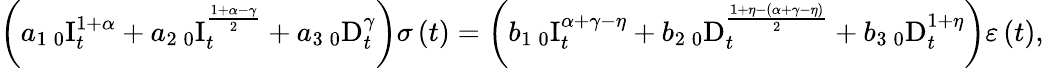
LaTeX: \left(a_{1}\, _{0}\mathrm{I}_{t}^{1+\alpha}+a_{2}\, _{0}\mathrm{I}_{t}^{\frac{1+\alpha-\gamma}{2}}+a_{3}\, _{0}\mathrm{D}_{t}^{\gamma}\right)\sigma\left(t\right)=\left(b_{1}\, _{0}\mathrm{I}_{t}^{\alpha+\gamma-\eta}+b_{2}\, _{0}\mathrm{D}_{t}^{\frac{1+\eta-\left(\alpha+\gamma-\eta\right)}{2}}+b_{3}\, _{0}\mathrm{D}_{t}^{1+\eta}\right)\varepsilon\left(t\right),